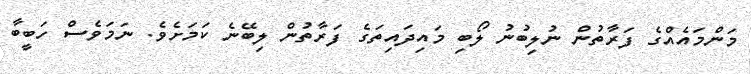
މަންމައެއްގެ ފަރާތުން ނުލިބުނު ލޯބި މައިދައިތަގެ ފަރާތުން ލިބޭނެ ކަމަށެވެ. ނަމަވެސް ހަބީބާ